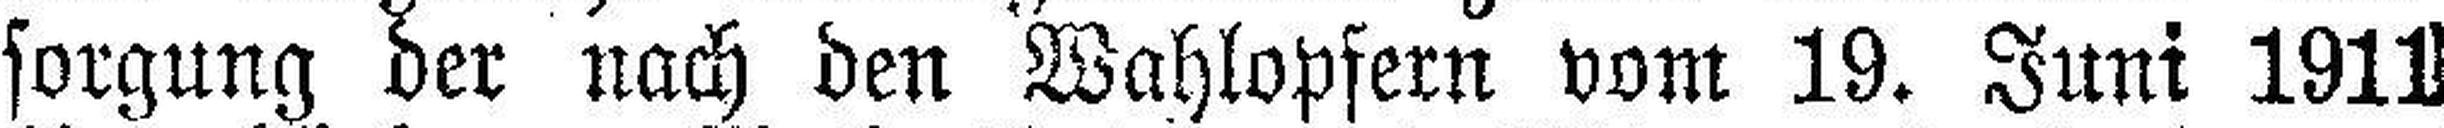
sorgung der nach den Wahlopfern vom 19. Juni 1911